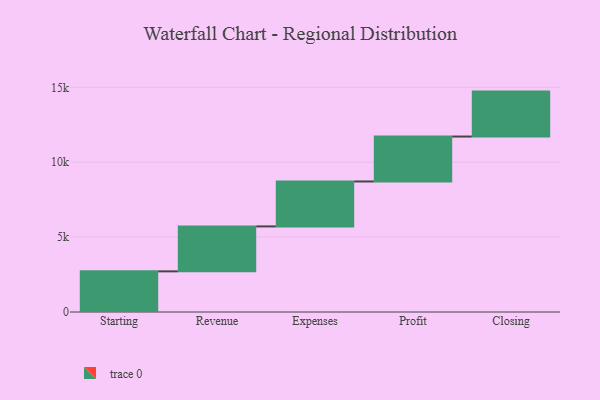
{"axis": {"x": "Step", "y": "Value"}, "legend": [""], "data": [{"x": "Starting", "y": 2714.0, "type": ""}, {"x": "Revenue", "y": 3000, "type": ""}, {"x": "Expenses", "y": 3000, "type": ""}, {"x": "Profit", "y": 3000, "type": ""}, {"x": "Closing", "y": 3000, "type": ""}]}